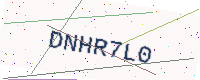
Text: DNHR7L0